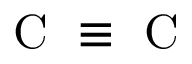
\mathrm { ~ C ~ } \equiv \mathrm { ~ C ~ }